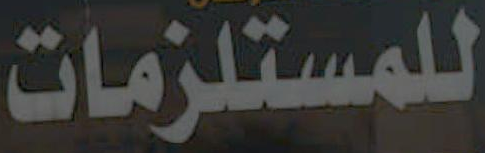
للمستلزمات